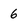
Character: 6